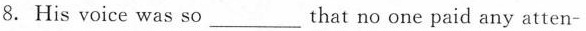
8. His voice was so ___ that no one paid any atten